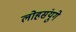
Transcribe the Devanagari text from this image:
लोहसंयुगे